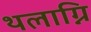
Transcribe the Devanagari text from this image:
थलाग्नि